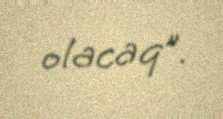
olacaq”.